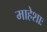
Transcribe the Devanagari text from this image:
माहेशाः